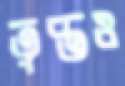
তৃপ্তও